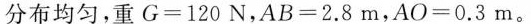
分布均匀，重G=120N，AB=2.8m,AO=0.3m。